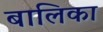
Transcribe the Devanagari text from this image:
बालिका